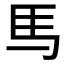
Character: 𫠉